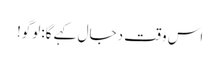
اس وقت دجال کہے گا:لوگو!